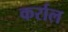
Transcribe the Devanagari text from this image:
कर्राल